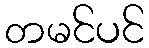
တမင်ပင်